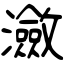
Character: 瀲